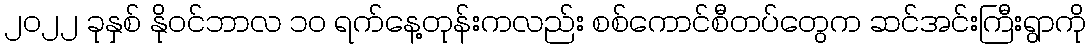
၂၀၂၂ ခုနှစ် နိုဝင်ဘာလ ၁၀ ရက်နေ့တုန်းကလည်း စစ်ကောင်စီတပ်တွေက ဆင်အင်းကြီးရွာကို